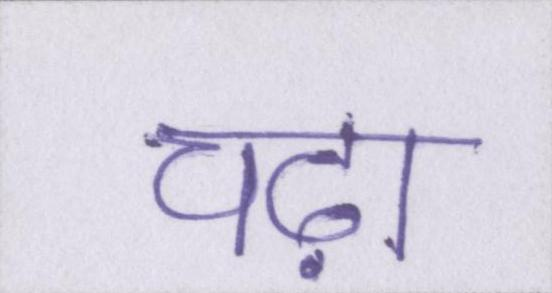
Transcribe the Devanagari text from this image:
चढ़ा